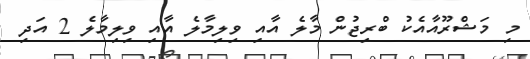
މި މަޝްރޫއާއެކު ބްރިޖުން މާލެ އާއި ވިލިމާލެ އާއި ވިލިމާލެ 2 އަދި